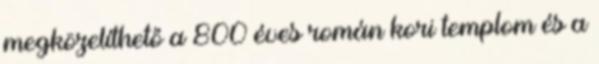
megközelíthető a 800 éves román kori templom és a